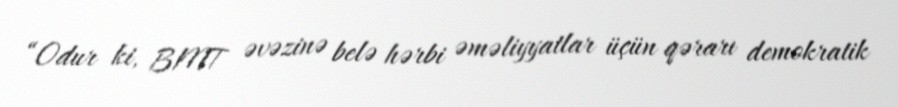
“Odur ki, BMT əvəzinə belə hərbi əməliyyatlar üçün qərarı demokratik